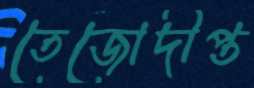
তেজোদীপ্ত